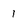
Character: 1